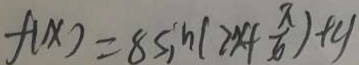
f ( x ) = 8 5 _ { 1 } h ( 2 x + \frac { \pi } { 6 } ) + y